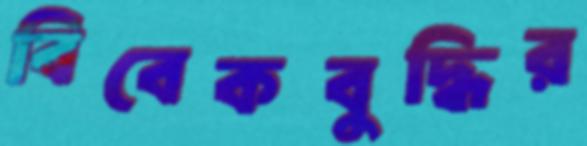
বিবেকবুদ্ধির